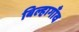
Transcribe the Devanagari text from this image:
बिल्हागाँव